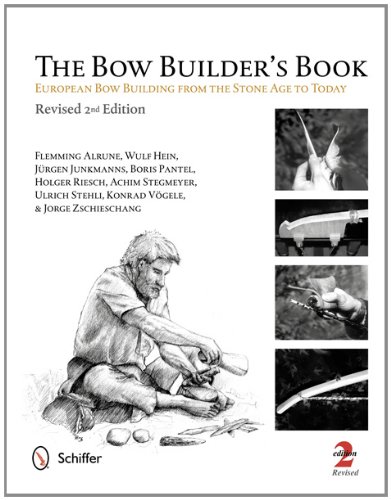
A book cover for The Bow Builder's Book: European Bow Building from the Stone Age to Today; Flemming Alrune; Crafts, Hobbies & Home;